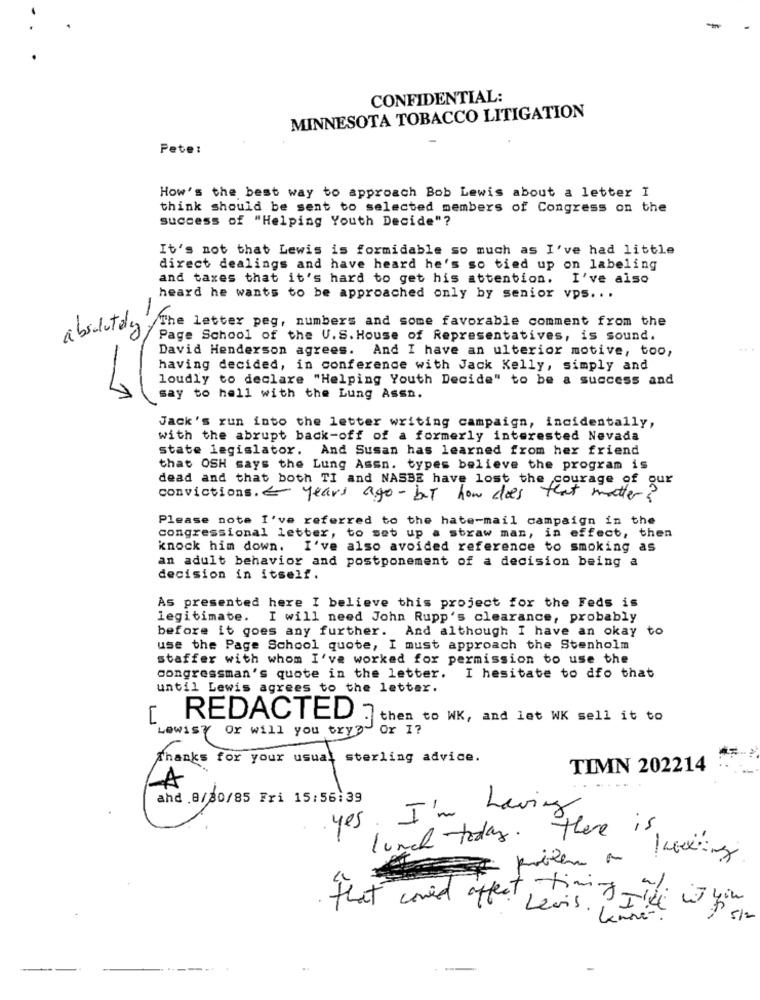
-
CONFIDENTIAL:
MINNESOTA TOBACCO LITIGATION
Pete:
How's the best way to approach Bob Lewis about a letter I
think should be sent to selected members of Congress on the
success of "Helping Youth Decide"?
It's not that Lewis is formidable so much as I've had little
direct dealings and have heard he's so tied up on labeling
and taxes that it's hard to get his attention. I've also
heard he wants to be approached only by senior vps. . .
absolutely The letter peg, numbers and some favorable comment from the
Page School of the U.S. House of Representatives, is sound.
David Henderson agrees. And I have an ulterior motive, too,
...
having decided, in conference with Jack Kelly, simply and
loudly to declare "Helping Youth Decide" to be a success and
say to hell with the Lung Assn.
Jack's run into the letter writing campaign, incidentally,
with the abrupt back-off of a formerly interested Nevada
state legislator. And Susan has learned from her friend
that OSH says the Lung Assn. types believe the program is
dead and that both TI and NASBE have lost the courage of our
convictions.4 years ago - but how does that matter?
Please note I've referred to the hate-mail campaign in the
congressional letter, to set up a straw man, in effect, then
knock him down. I've also avoided reference to smoking as
an adult behavior and postponement of a decision being a
decision in itself.
As presented here I believe this project for the Feds is
legitimate.
I will need John Rupp's clearance, probably
before it goes any further. And although I have an okay to
use the Page School quote, I must approach the Stenholm
staffer with whom I've worked for permission to use the
congressman's quote in the letter.
I hesitate to dfo that
until Lewis agrees to the letter.
REDACTED 7
then to WK, and let WK sell it to
Ox 1?
Lewis( Or will you try
Thanks for your usual sterling advice.
TIMN 202214
A
ahd 8/80/85 Fri 15:56:39
yes. I'm having
there is
lunch today.
-
problem on
that could affect, tom -
is you
Levis. Knové.